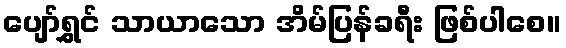
ပျော်ရွှင် သာယာသော အိမ်ပြန်ခရီး ဖြစ်ပါစေ။